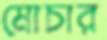
মোচার